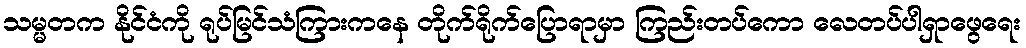
သမ္မတက နိုင်ငံကို ရုပ်မြင်သံကြားကနေ တိုက်ရိုက်ပြောရာမှာ ကြည်းတပ်ကော လေတပ်ပါရှာဖွေရေး